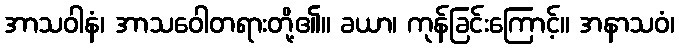
အာသဝါနံ၊ အာသဝေါတရားတို့၏။ ခယာ၊ ကုန်ခြင်းကြောင့်။ အနာသဝံ၊